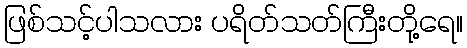
ဖြစ်သင့်ပါသလား ပရိတ်သတ်ကြီးတို့ရေ။